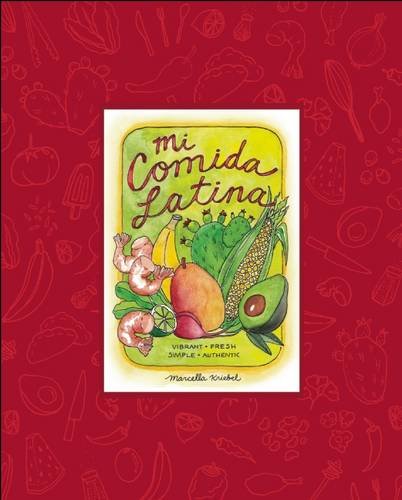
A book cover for Mi Comida Latina: Vibrant, Fresh, Simple, Authentic; Marcella Kriebel; Cookbooks, Food & Wine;